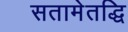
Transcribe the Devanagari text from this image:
सतामेतद्धि